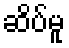
ဆိပ်မူ